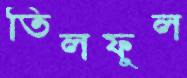
তিলফুল